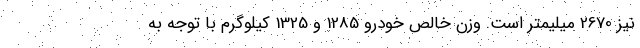
نیز 2670 میلیمتر است. وزن خالص خودرو 1285 و 1325 کیلوگرم با توجه به